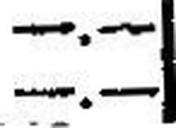
—.—